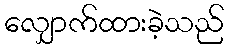
လျှောက်ထားခဲ့သည်